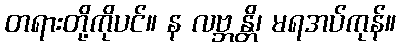
တရားတို့ကိုပင်။ န လဗ္ဘန္တိ၊ မရအပ်ကုန်။